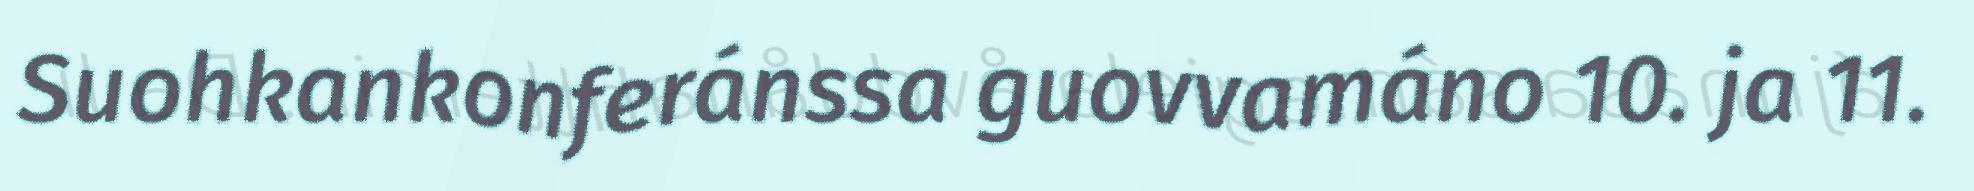
Suohkankonferánssa guovvamáno 10. ja 11.